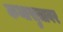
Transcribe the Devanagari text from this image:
कथासुत्रावर